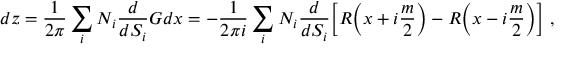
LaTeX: d z = \frac { 1 } { 2 \pi } \sum _ { i } N _ { i } \frac { d } { d S _ { i } } G d x = - \frac { 1 } { 2 \pi i } \sum _ { i } N _ { i } \frac { d } { d S _ { i } } \Big [ R \Big ( x + i \frac { m } { 2 } \Big ) - R \Big ( x - i \frac { m } { 2 } \Big ) \Big ] \ ,